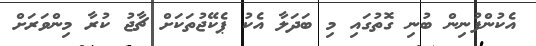
އެކުންފުނިން ބުނި ގޮތުގައި މި ބަދަލާ އެކު ޕެކޭޖުތަކަށް ޗާޖު ކުރާ މިންވަރަށް